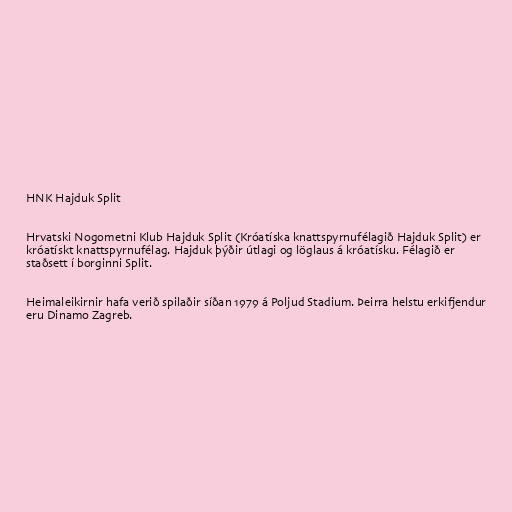
HNK Hajduk Split

Hrvatski Nogometni Klub Hajduk Split (Króatíska knattspyrnufélagið Hajduk Split) er
króatískt knattspyrnufélag. Hajduk þýðir útlagi og löglaus á króatísku. Félagið er
staðsett í borginni Split.

Heimaleikirnir hafa verið spilaðir síðan 1979 á Poljud Stadium. Þeirra helstu erkifjendur
eru Dinamo Zagreb.